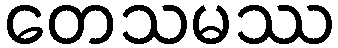
တေသမဿ